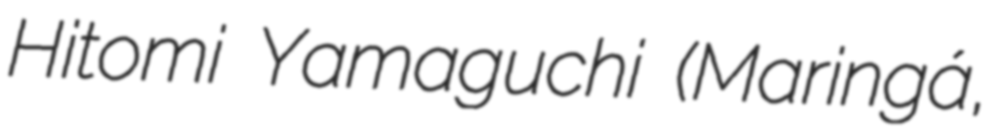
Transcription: Hitomi Yamaguchi (Maringá,